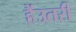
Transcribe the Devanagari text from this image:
हैंउतरी